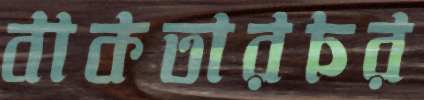
বাকতারচর